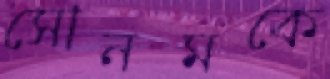
সোনমকে